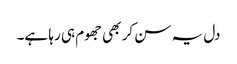
دل یہ سن کر بھی جھوم ہی رہا ہے۔